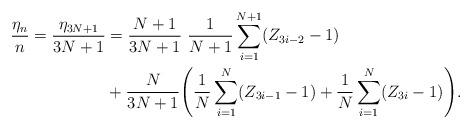
LaTeX: \begin{align*}\frac{\eta_n}{n}=\frac{\eta_{3N+1}}{3N+1} &=\frac{N+1}{3N+1} \ \frac{1}{N+1}\sum_{i=1}^{N+1}(Z_{3i-2}-1)\\&+\frac{N}{3N+1} \Biggl(\frac{1}{N}\sum_{i=1}^N(Z_{3i-1}-1)+\frac{1}{N}\sum_{i=1}^N(Z_{3i}-1) \Biggr).\end{align*}